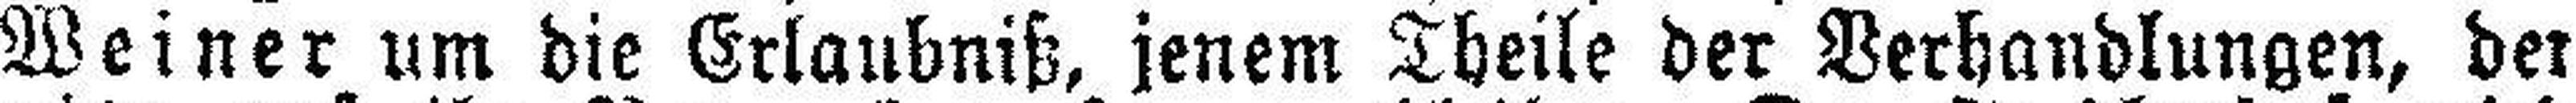
Weiner um die Erlaubniß, jenem Theile der Verhandlungen, der